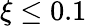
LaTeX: \xi\leq 0.1